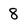
Character: 8